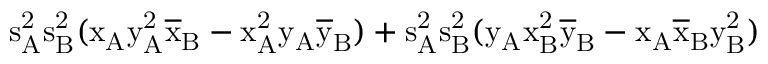
\mathrm { s _ { A } ^ { 2 } \mathrm { s _ { B } ^ { 2 } ( \mathrm { x _ { A } \mathrm { y _ { A } ^ { 2 } \mathrm { \overline { { x } } _ { B } - \mathrm { x _ { A } ^ { 2 } \mathrm { y _ { A } \mathrm { \overline { { y } } _ { B } ) + \mathrm { s _ { A } ^ { 2 } \mathrm { s _ { B } ^ { 2 } ( \mathrm { y _ { A } \mathrm { x _ { B } ^ { 2 } \mathrm { \overline { { y } } _ { B } - \mathrm { x _ { A } \mathrm { \overline { { x } } _ { B } \mathrm { y _ { B } ^ { 2 } ) } } } } } } } } } } } } } } } }